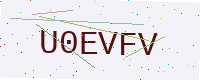
Text: U0EVFV